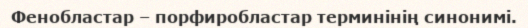
Фенобластар – порфиробластар терминінің синонимі.